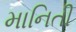
માનિતી